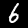
Digit: 6